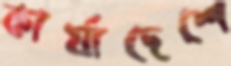
কার্যাদেশে